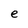
Character: e